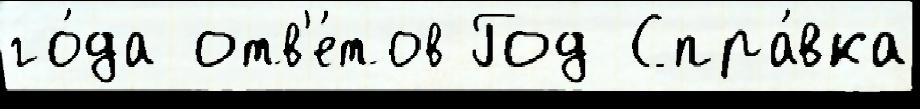
го́да отв'е́тов Год Спра́вка